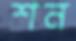
শন